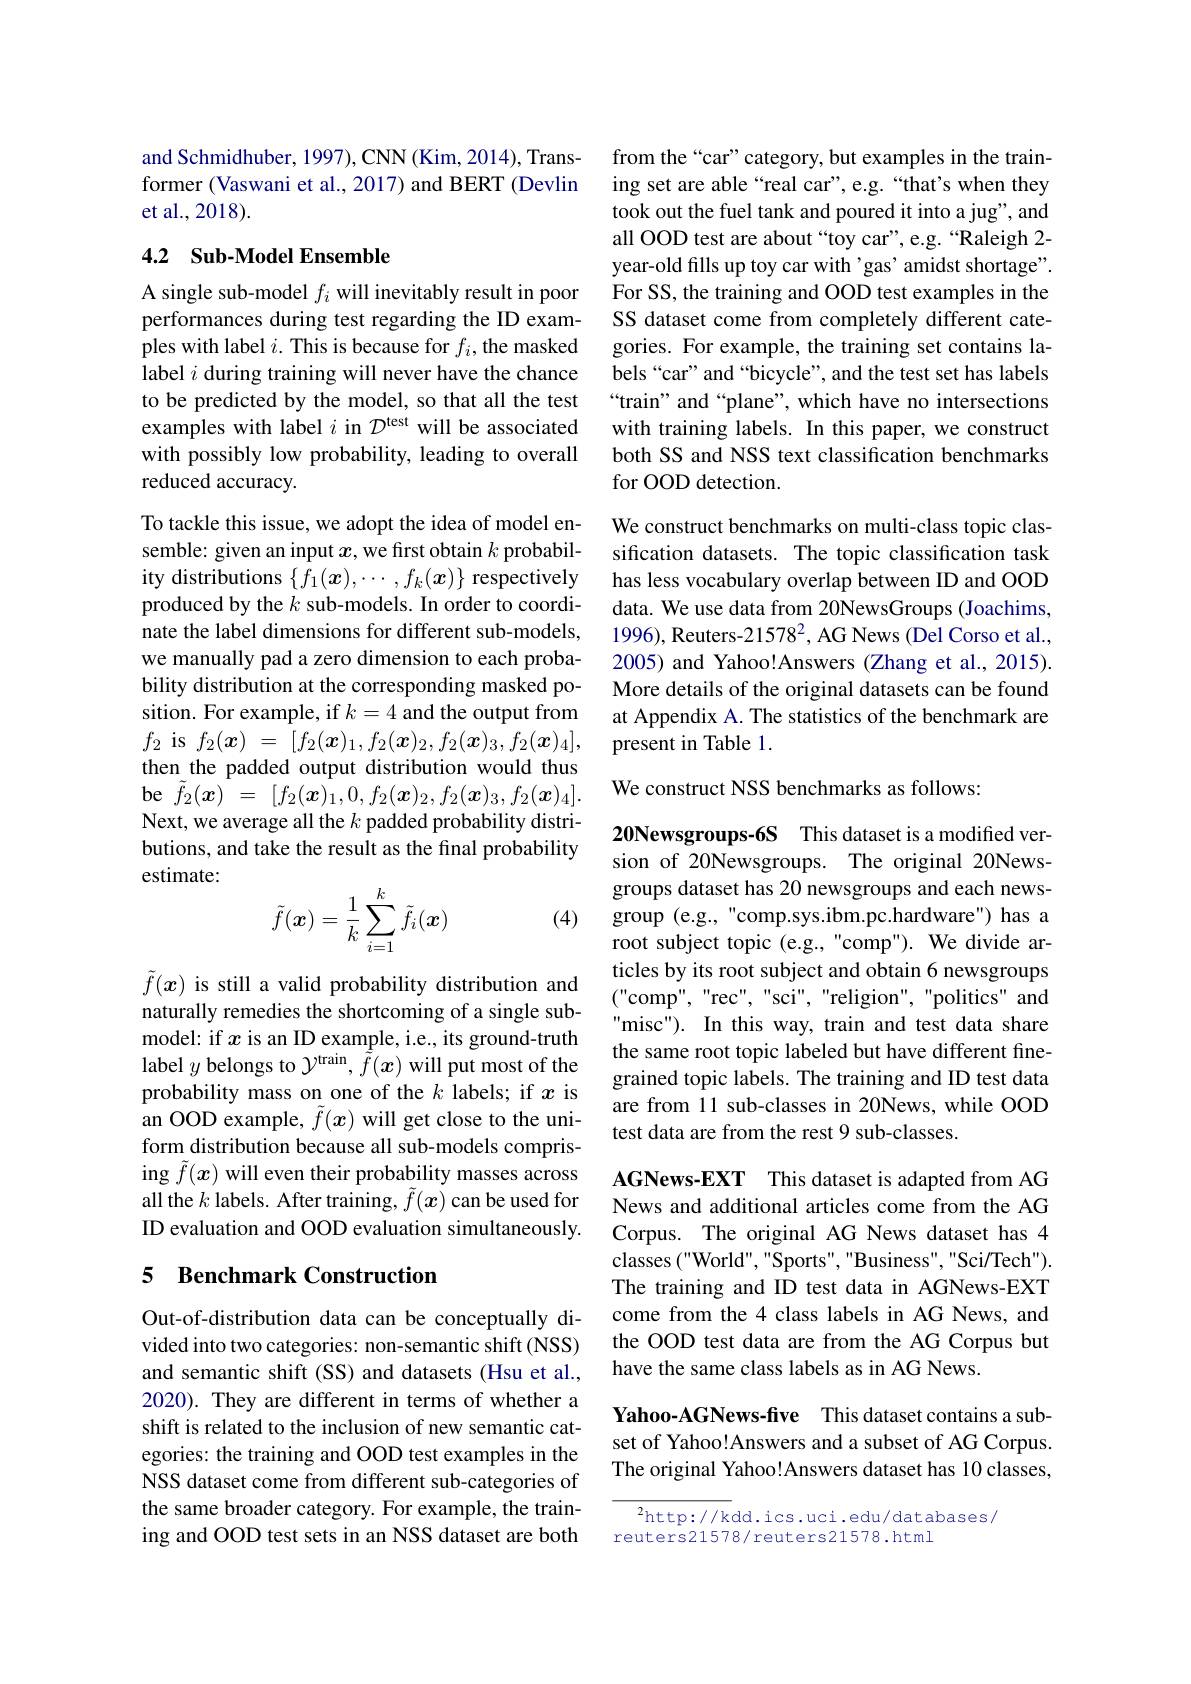
and Schmidhuber, 1997), CNN (Kim, 2014), Transformer (Vaswani et al., 2017) and BERT (Devlin et al., 2018).

### 4.2 Sub-Model Ensemble

A single sub-model $f_i$ will inevitably result in poor performances during test regarding the ID examples with label $i.$ This is because for $f_i$,the masked label $i$ during training will never have the chance to be predicted by the model, so that all the test examples with label $i$ in $\mathcal{D}^\text{test will be associated}$ with possibly low probability, leading to overall reduced accuracy.

To tackle this issue, we adopt the idea of model ensemble: given an input $x$, we fırst obtain $k$ probability distributions $\{f_1(\boldsymbol{x}),\cdots,f_k(\boldsymbol{x})\}$ respectively produced by the $k$ sub-models. In order to coordinate the label dimensions for different sub-models, we manually pad a zero dimension to each probability distribution at the corresponding masked position. For example, if $k=4$ and the output from $f_2$ is $f_2( \boldsymbol{x})$ = $[ f_2( \boldsymbol{x}) _1, f_2( \boldsymbol{x}) _2, f_2( \boldsymbol{x}) _3, f_2( \boldsymbol{x}) _4] $, then the padded output distribution would thus be$\tilde{f} _2( \boldsymbol{x})$ = $[ f_2( \boldsymbol{x}) _1, 0, f_2( \boldsymbol{x}) _2, f_2( \boldsymbol{x}) _3, f_2( \boldsymbol{x}) _4] .$ Next, we average all the $k$ padded probability distributions, and take the result as the final probability estimate:
$$\tilde{f}(\boldsymbol{x})=\frac{1}{k}\sum_{i=1}^{k}\tilde{f}_{i}(\boldsymbol{x})$$
(4)

$\tilde{f}(\boldsymbol{x})$ is still a valid probability distribution and naturally remedies the shortcoming of a single submodel: if $x$ is an ID example, i.e., its ground-truth label $y$ belongs to $\mathcal{Y}^\text{train},\tilde{f}(x)$ will put most of the probability mass on one of the $k$ labels; if $x$ is an OOD example, $\tilde{f}(\boldsymbol{x})$ will get close to the uniform distribution because all sub-models comprising $\tilde{f}(x)$ will even their probability masses across all the $k$ labels. After training, $\tilde{f}(x)$ can be used for ID evaluation and OOD evaluation simultaneously.

## 5 Benchmark Construction

Out-of-distribution data can be conceptually divided into two categories: non-semantic shift (NSS) and semantic shift (SS) and datasets (Hsu et al., 2020). They are different in terms of whether a shift is related to the inclusion of new semantic categories: the training and OOD test examples in the NSS dataset come from different sub-categories of the same broader category. For example, the training and OOD test sets in an NSS dataset are both

from the “car”category, but examples in the training set are able “real car”, e.g.“that's when they took out the fuel tank and poured it into a jug", and all OOD test are about “toy car”, e.g.“Raleigh 2- year-old fills up toy car with'gas' amidst shortage". For SS, the training and OOD test examples in the SS dataset come from completely different categories. For example, the training set contains labels“car”and“bicycle”, and the test set has labels “train” and “plane”, which have no intersections with training labels. In this paper, we construct both SS and NSS text classification benchmarks for OOD detection.

We construct benchmarks on multi-class topic classification datasets. The topic classification task has less vocabulary overlap between ID and OOD data. We use data from 20NewsGroups (Joachims, 1996), Reuters-215782, AG News (Del Corso et al., 2005) and Yahoo!Answers (Zhang et al., 2015). More details of the original datasets can be found at Appendix A. The statistics of the benchmark are present in Table 1.

We construct NSS benchmarks as follows:

20Newsgroups-6S This dataset is a modified version of 20Newsgroups. The original 20Newsgroups dataset has 20 newsgroups and each newsgroup (e.g.,"comp.sys.ibm.pc.hardware") has a root subject topic (e.g., "comp"). We divide articles by its root subject and obtain 6 newsgroups ("comp","rec","sci","religion","politics" and misc"). In this way, train and test data share the same root topic labeled but have different finegrained topic labels. The training and ID test data are from 11 sub-classes in 20News, while OOD test data are from the rest 9 sub-classes.

AGNews-EXT This dataset is adapted from AG News and additional articles come from the AG Corpus. The original AG News dataset has 4 classes ("World","Sports","Business","Sci/Tech"). The training and ID test data in AGNews-EXT come from the 4 class labels in AG News, and the OOD test data are from the AG Corpus but have the same class labels as in AG News.

Yahoo-AGNews-five This dataset contains a subset of Yahoo!Answers and a subset of AG Corpus. The original Yahoo!Answers dataset has 10 classes,

$^2$http://kdd.ics.uci.edu/databases/
reuters21578/reuters21578.html